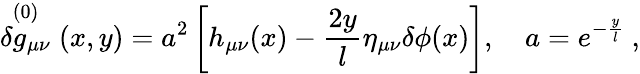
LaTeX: \stackrel{(0)}{\delta g_{\mu\nu}}(x,y)=a^{2}\left[h_{\mu\nu}(x)-\frac{2y}{l}\eta_{\mu\nu}\delta\phi(x)\right],\quad a=e^{-\frac{y}{l}}\ ,